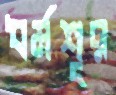
ধর্মশূর